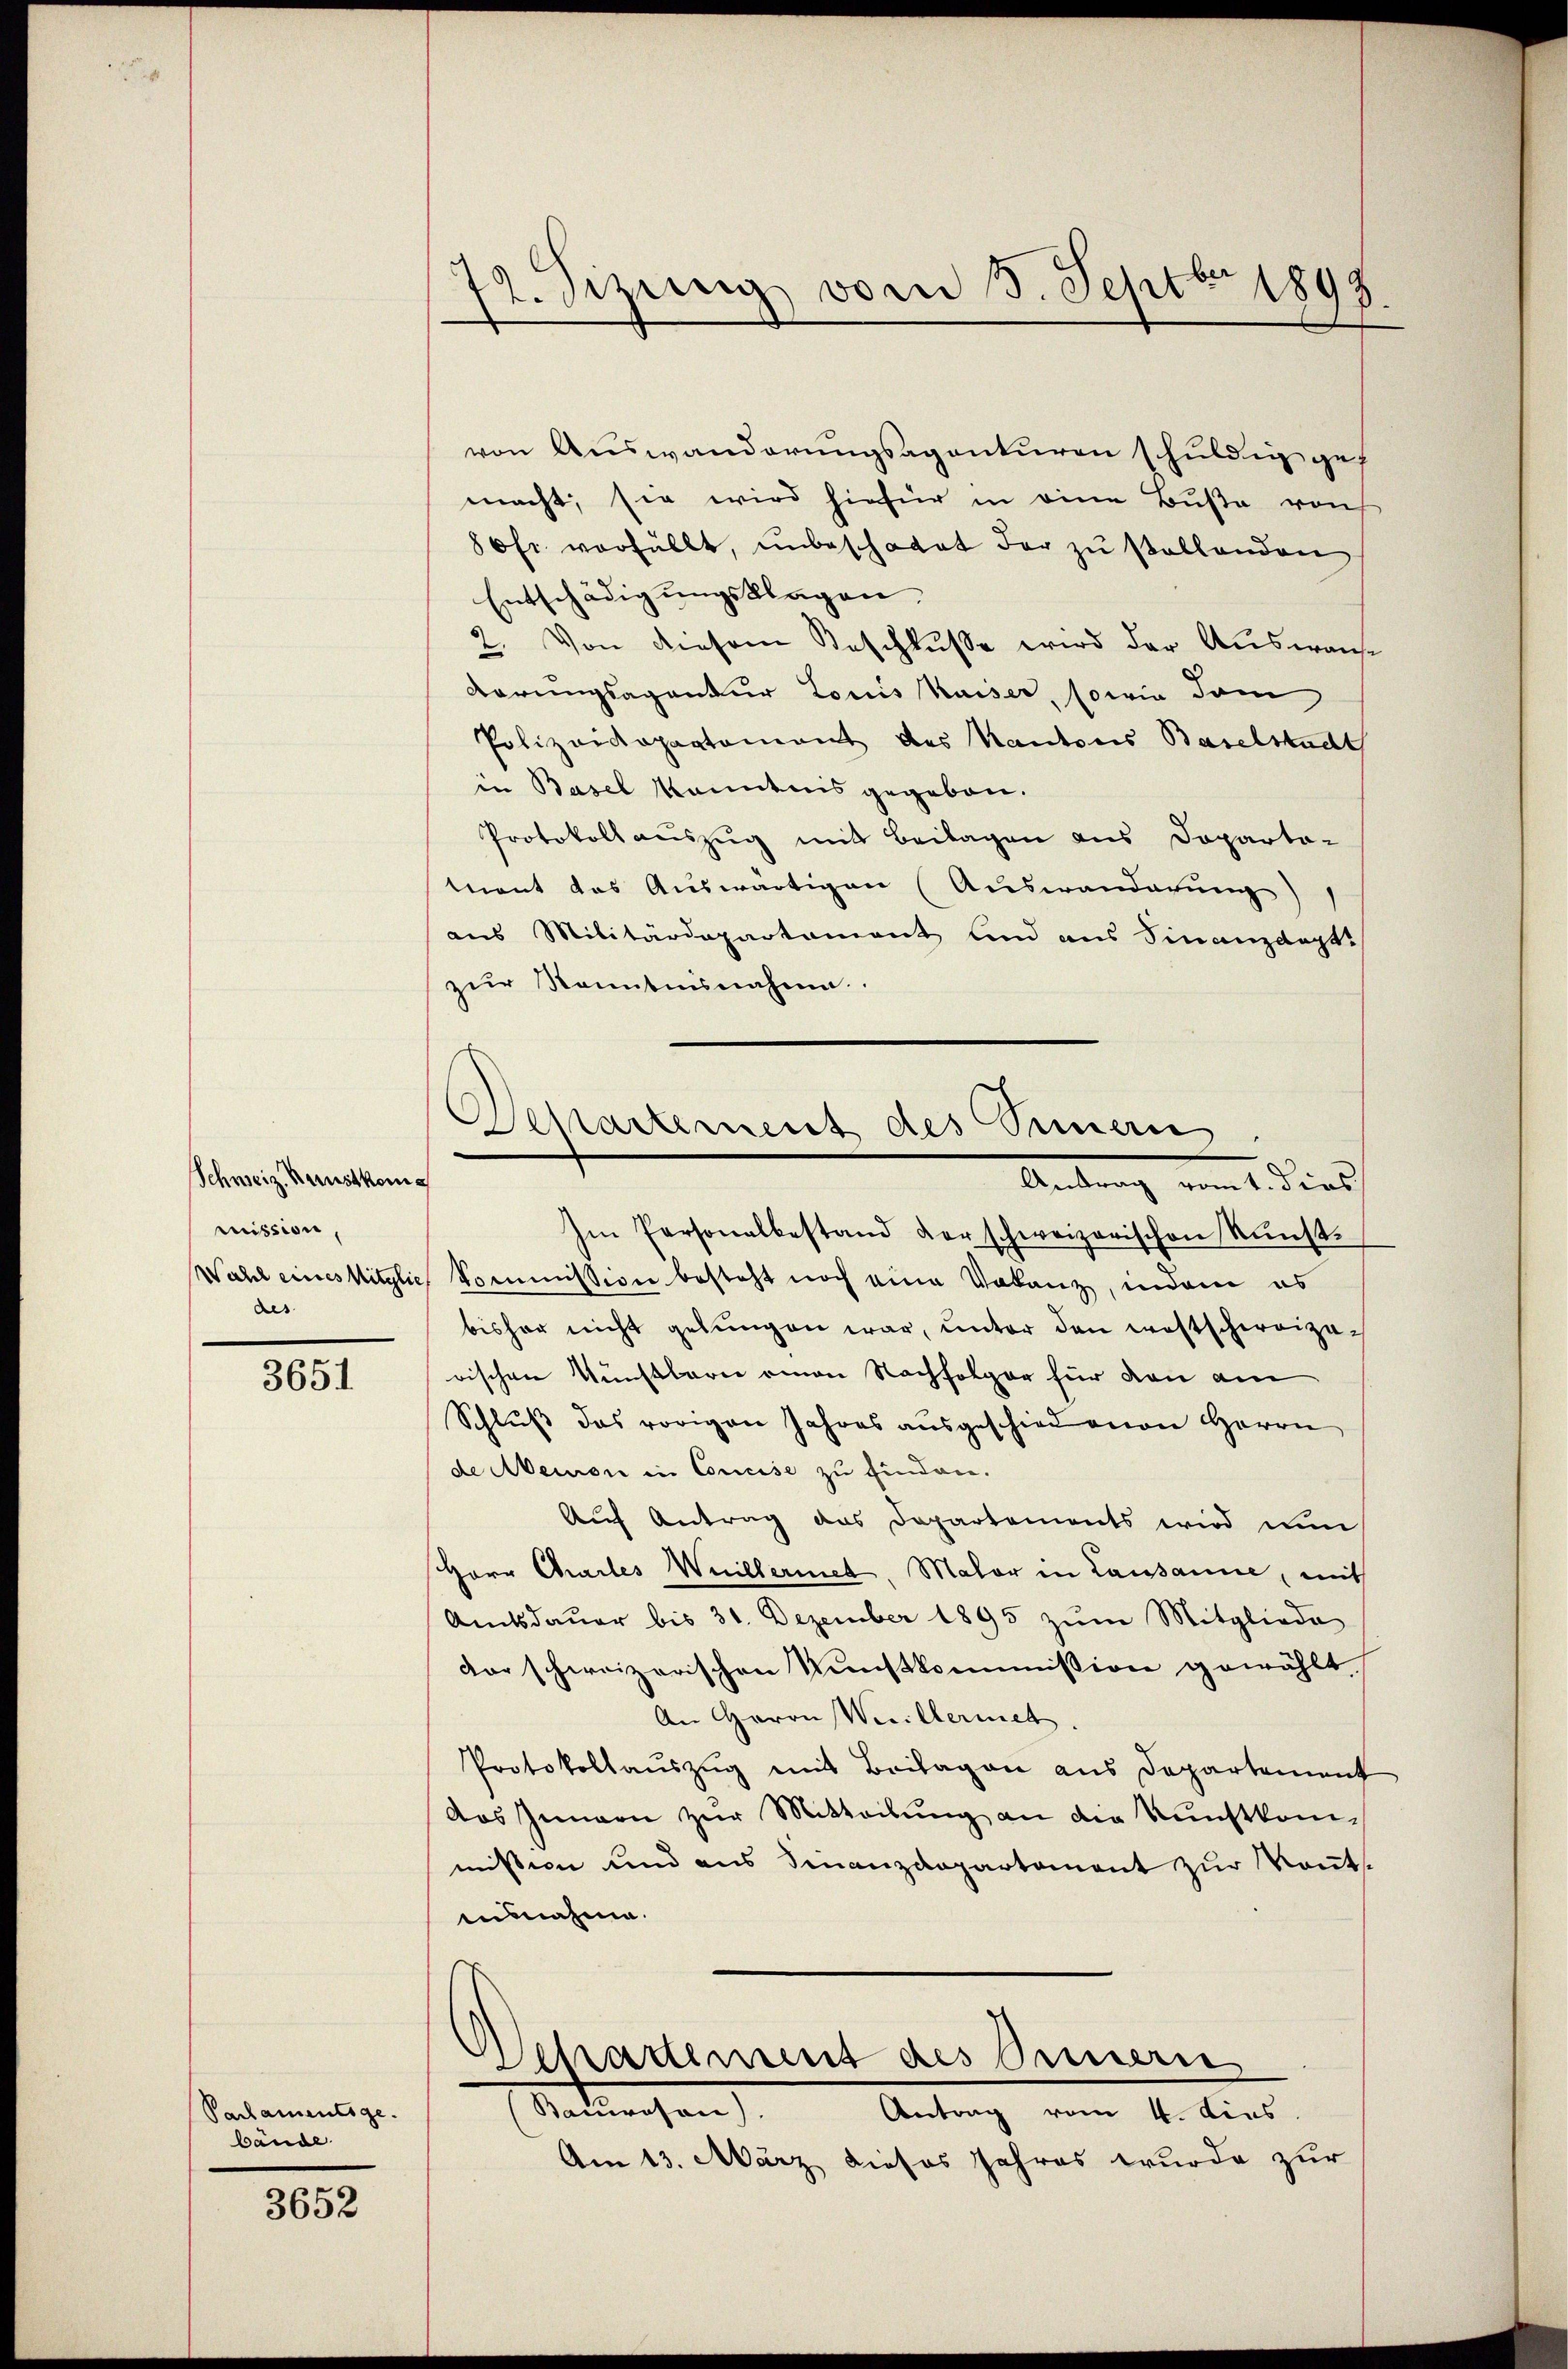
Schweiz. Krustkom
mission,
Wahl eines Witzlich
des

3651

Parlamentige.
bände

3652

72. Sizung vom 3. Septbr 1898

Departement des Summern
Antrag vom 1. dies

von Auswanderungsagenturen schuldig ges
macht, sie wird hiefür in eine Buße raus
80fr. verfüllt, unbeschadet der zu sollenden
Entschädigungsklagen.
2. Von diesem Beschlusse wird der Auswanse
Karungsagentur Louis Kaiser, sowie dam
Polizeidepartement des Kantons Baselstacht
in Basel kanntnis gegeben.
Protokollauszug mit Beilagen aus Doparta-
mant das Auswärtigen (Auswanderung)
aus Militärdepartament und aus Finanzdept
zur Kenntnisnahme.
Im Personalbestand der schweizerischen Nŭnst-
Commission besteht noch eine Volanz, indem es
bisher nicht gelungen war, unter den westschweizerischen Künstlern einen Nachfolger für den am
Schluß das vorigen Jahres ausgeschied mon Herrn
de Meinen in Concise zu finden.
Auf Antrag das Departements wird nun
Herr Chailes Weilleriet. Maler in Lausanne, mit
Amtsdaŭer bis 31. Dezember 1895 zŭm Mitgliede
dor schweizerischen Nustkommission gewählt.
An Herrn Werillermet.
Protokollauszug mit Beilagen aus Departement
Aas Innern zŭr Mitteilŭng an die Kunstkom-
mission und aus Finanzdepartement zur Kont
ausnahme.

Departement des Innern
Bauwesen).
Antrag vom 4. dies

Am 13. März dieses Jahres wurde zur